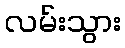
လမ်းသွား